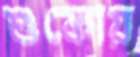
শুকোয়